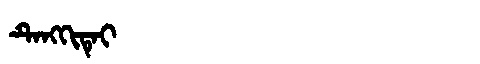
Manchu: ᡨᡝᠩᡴᡳᡨᡝᡳ
Romanization: TENGKITEI